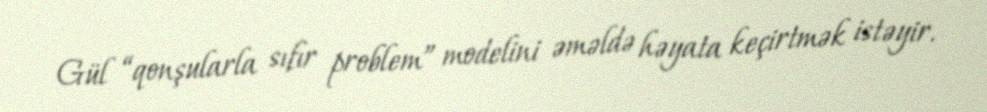
Gül “qonşularla sıfır problem” modelini əməldə həyata keçirtmək istəyir.